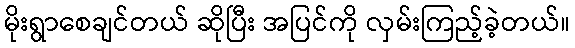
မိုးရွာစေချင်တယ် ဆိုပြီး အပြင်ကို လှမ်းကြည့်ခဲ့တယ်။